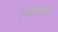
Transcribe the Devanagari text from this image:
।मलाश्रयौ